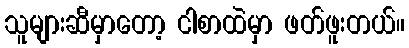
သူများဆီမှာတော့ ငါစာထဲမှာ ဖတ်ဖူးတယ်။